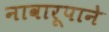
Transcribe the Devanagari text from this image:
नावारूपाने